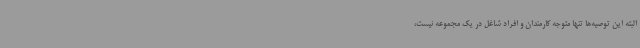
البته این توصیه‌ها تنها متوجه کارمندان و افراد شاغل در یک مجموعه نیست،